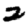
Digit: 2